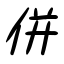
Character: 併